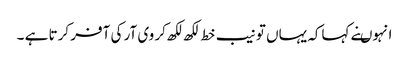
انہوںنے کہاکہ یہاں تو نیب خط لکھ لکھ کر وی آر کی آفر کرتا ہے ۔